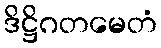
ဒိဋ္ဌိဂတမေတံ